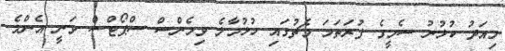
މިއަދު ކުޅުނު ސެމީގެ ފުރަތަމަ މެޗުގައި ހުޅުމާލެ ވިމެންސް ސްޕޯޓްސް ވަނީ އެންމެ